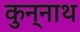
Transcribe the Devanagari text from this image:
कुन्नाथ